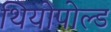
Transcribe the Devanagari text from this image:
थियोपोल्ड